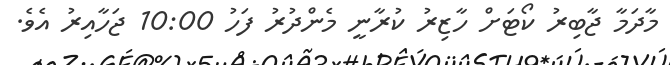
މާދަމާ ޖާބިރު ކޯޓަށް ހާޒިރު ކުރާނީ މެންދުރު ފަހު 10:00 ޖަހާއިރު އެވެ.